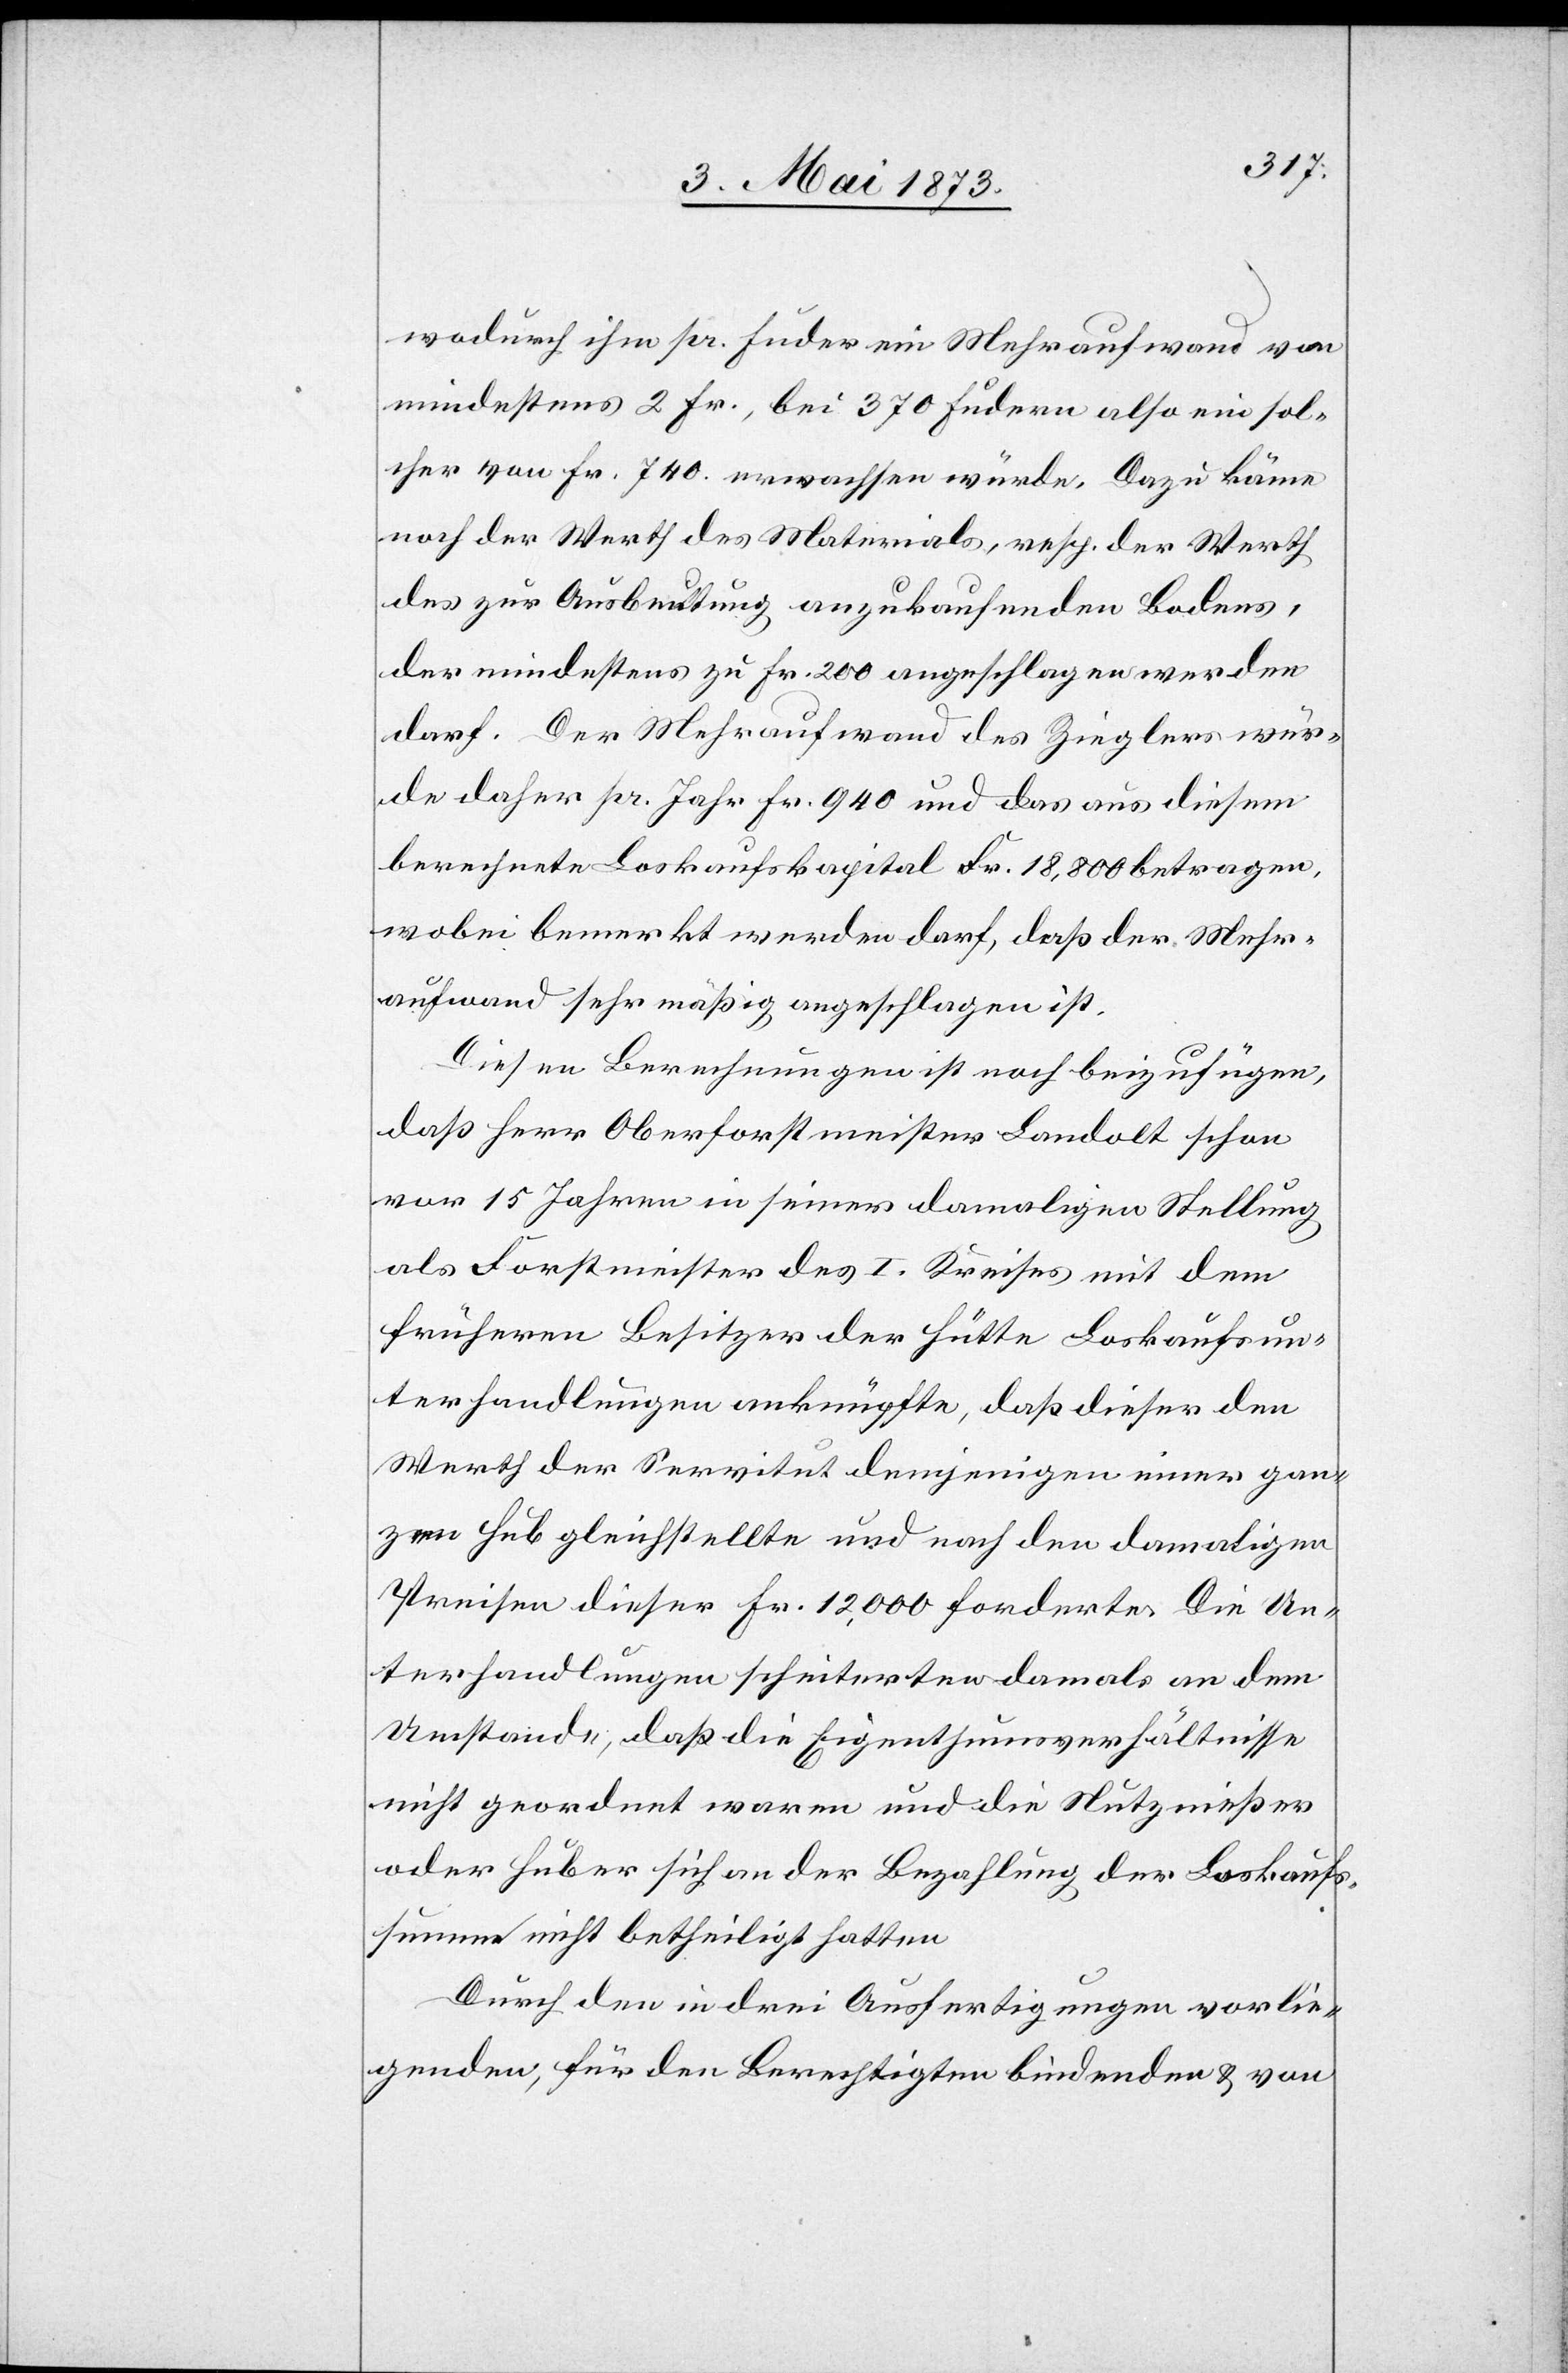
wodurch ihm pr. Fuder ein Mehraufwand von
mindestens 2 Fr., bei 370 Fudern also ein sol¬
cher von Fr. 740 erwachsen würde. Dazu käme
noch der Werth des Materials, resp. der Werth
des zur Ausbeutung anzukaufenden Bodens,
der mindestens zu Fr. 200 angeschlagen werden
darf. Der Mehraufwand des Zieglers wür¬
de daher pr. Jahr Fr. 940 und das aus diesem
berechnete Loskaufskapital Fr. 18,800 betragen,
wobei bemerkt werden darf, daß der Mehr¬
aufwand sehr mäßig angeschlagen ist.
Diesen Berechnungen ist noch beizufügen,
daß Herr Oberforstmeister Landolt schon
vor 15 Jahren in seiner damaligen Stellung
als Forstmeister des I. Kreises mit dem
früheren Besitzer der Hütte Loskaufsun¬
terhandlungen anknüpfte, daß dieser den
Werth der Servitut demjenigen einer gan¬
zen Hub gleichstellte und nach den damaligen
Preisen dieser Fr. 12,000 forderte. Die Un¬
terhandlugen scheiterten damals an dem
Umstande, daß die Eigenthumsverhältnisse
nicht geordnet waren und die Nutznießer
oder Huber sich an der Bezahlung der Loskaufs¬
summe nicht betheiligt hatten.
Durch den in drei Ausfertigungen vorlie¬
genden, für den Berechtigten bindenden & von